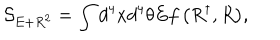
LaTeX: { \mathcal { S } } _ { E + R ^ { 2 } } = \int { d ^ { 4 } x d ^ { 4 } \theta E f \left( R ^ { \dagger } , R \right) } ,